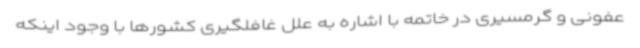
عفونی و گرمسیری در خاتمه با اشاره به علل غافلگیری کشورها با وجود اینکه